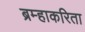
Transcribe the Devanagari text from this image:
ब्रम्हाकरिता